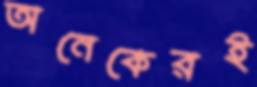
অনেকেরই